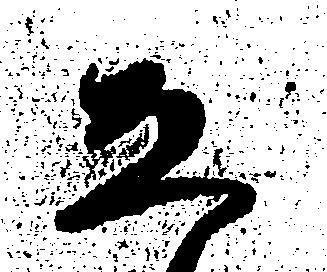
ゑ